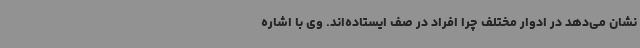
نشان می‌دهد در ادوار مختلف چرا افراد در صف ایستاده‌اند. وی با اشاره